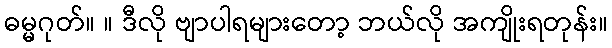
ဓမ္မဂုတ်။ ။ ဒီလို ဗျာပါရများတော့ ဘယ်လို အကျိုးရတုန်း။